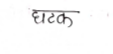
मजकूर: घटक